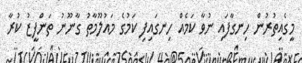
މީގެއިތުރުން ހިނގާފައި ނުވާ ކަމެއް ހިނގައިފި ކަމުގެ މައުލޫމާތު ގާނޫނު ތަންފީޒު ކުރާ